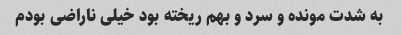
به شدت مونده و سرد و بهم ریخته بود خیلی ناراضی بودم